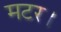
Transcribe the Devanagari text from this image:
मटर।